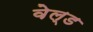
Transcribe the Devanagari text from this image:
वेल्‍ड